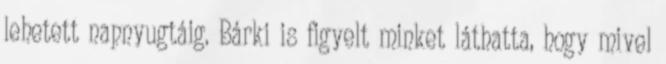
lehetett napnyugtáig. Bárki is figyelt minket láthatta, hogy mivel